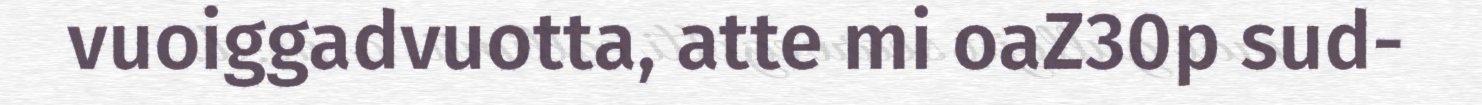
vuoiggadvuotta, atte mi oaZ30p sud-